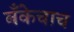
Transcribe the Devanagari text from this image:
बँकेचाच